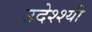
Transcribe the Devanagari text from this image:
उदेश्श्यी